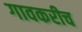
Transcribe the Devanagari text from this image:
गावकरीच